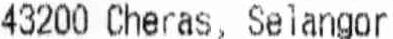
43200 CHERAS, SELANGOR